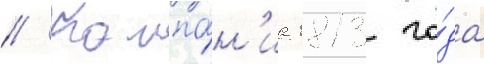
// Кампа́н'иа 1813 го́да